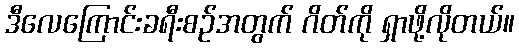
ဒီလေကြောင်းခရီးစဉ်အတွက် ဂိတ်ကို ရှာဖို့လိုတယ်။